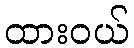
ထားဝယ်